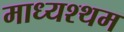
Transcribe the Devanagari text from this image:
माध्यश्थम